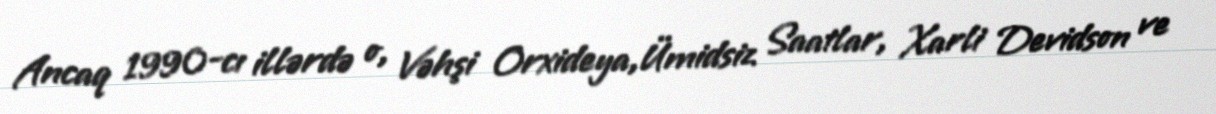
Ancaq 1990-cı illərdə o, Vəhşi Orxideya,Ümidsiz Saatlar, Xarli Devidson ve